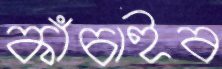
কাঁচাইব